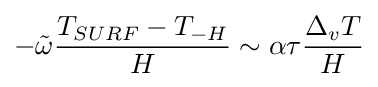
-{\tilde {\omega }}{\frac {T_{SURF}-T_{-H}}{H}}\sim \alpha \tau {\frac {\Delta _{v}T}{H}}